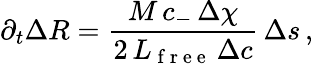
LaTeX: \partial_{t}\Delta R=\frac{M\, c_{-}\, \Delta\chi}{2\, L_{\mathrm{~f~r~e~e~}}\, \Delta c}\, \Delta s\, ,